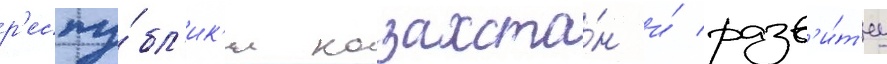
р'еспу́бл'ик'и казахста́н и́ разв'и́т'иу